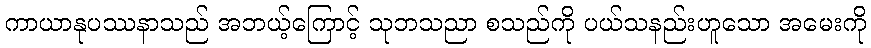
ကာယာနုပဿနာသည် အဘယ့်ကြောင့် သုဘသညာ စသည်ကို ပယ်သနည်းဟူသော အမေးကို